Report on the working of the Ranchi Indian Mental Hospital, Kanke, in Bihar and Orissa - 1930-1940
Year: 1930
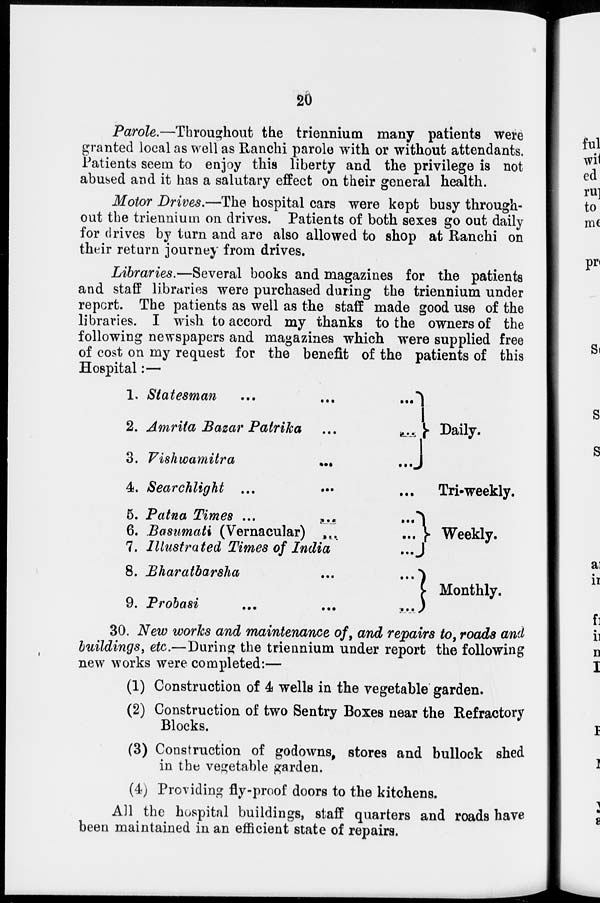
20
Parole.—Throughout the triennium many patients were
granted local as well as Ranchi parole with or without attendants.
Patients seem to enjoy this liberty and the privilege is not
abused and it has a salutary effect on their general health.
Motor Drives.—The hospital cars were kept busy through-
out the triennium on drives. Patients of both sexes go out daily
for drives by turn and are also allowed to shop at Ranchi on
their return journey from drives.
Libraries.—Several books and magazines for the patients
and staff libraries were purchased during the triennium under
report. The patients as well as the staff made good use of the
libraries. I wish to accord my thanks to the owners of the
following newspapers and magazines which were supplied free
of cost on my request for the benefit of the patients of this
Hospital:—
1. Statesman ... ... ...
2. Amrita Bazar Patrika ... ...
3. Vishwamitra ... ...
4. Searchlight ... ... ...
5. Patna Times ... ... ...
6. Basumati (Vernacular) ... ...
7. Illustrated Times of India ...
8. Bharatbarsha ... ...
9. Pribasi ... ... ...
Daily.
Tri-weekly.
Weekly.
Monthly.
30. New works and maintenance of, and repairs to, roads and
buildings, etc.—During the triennium under report the following
new works were completed:—
(1) Construction of 4 wells in the vegetable garden.
(2) Construction of two Sentry Boxes near the Refractory
Blocks.
(3) Construction of godowns, stores and bullock shed
in the vegetable garden.
(4) Providing fly-proof doors to the kitchens.
All the hospital buildings, staff quarters and roads have
been maintained in an efficient state of repairs.